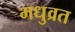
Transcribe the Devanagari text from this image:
मधुव्रत